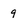
Character: 9